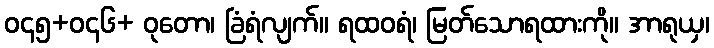
ဝ၄၅+ဝ၄၆+ ဝုတော၊ ခြံရံလျက်။ ရထဝရံ၊ မြတ်သောရထားကို။ အာရုယှ၊